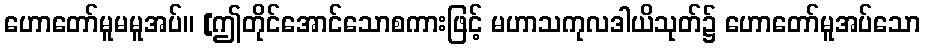
ဟောတော်မူမမူအပ်။ [ဤတိုင်အောင်သောစကားဖြင့် မဟာသကုလဒါယိသုတ်၌ ဟောတော်မူအပ်သော